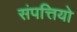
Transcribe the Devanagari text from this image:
संपत्तियो